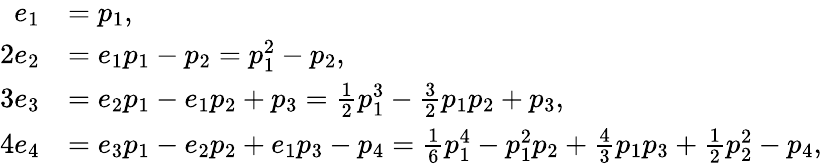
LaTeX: {\begin{array}{rl}{e_{1}}&{=p_{1},}\\ {2e_{2}}&{=e_{1}p_{1}-p_{2}=p_{1}^{2}-p_{2},}\\ {3e_{3}}&{=e_{2}p_{1}-e_{1}p_{2}+p_{3}={\frac{1}{2}}p_{1}^{3}-{\frac{3}{2}}p_{1}p_{2}+p_{3},}\\ {4e_{4}}&{=e_{3}p_{1}-e_{2}p_{2}+e_{1}p_{3}-p_{4}={\frac{1}{6}}p_{1}^{4}-p_{1}^{2}p_{2}+{\frac{4}{3}}p_{1}p_{3}+{\frac{1}{2}}p_{2}^{2}-p_{4},}\end{array}}